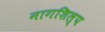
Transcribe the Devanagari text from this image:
नागशिल्प